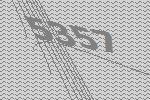
5357